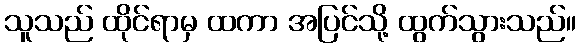
သူသည် ထိုင်ရာမှ ထကာ အပြင်သို့ ထွက်သွားသည်။